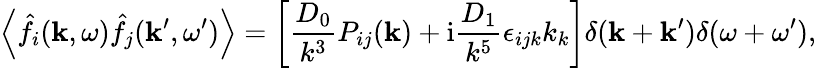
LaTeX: \left\langle\hat{f}_{i}(\mathbf{k},\omega)\hat{f}_{j}(\mathbf{k}^{\prime},\omega^{\prime})\right\rangle=\left[\frac{D_{0}}{k^{3}}P_{ij}(\mathbf{k})+\mathrm{i}\frac{D_{1}}{k^{5}}\epsilon_{ijk}k_{k}\right]\delta(\mathbf{k}+\mathbf{k}^{\prime})\delta(\omega+\omega^{\prime}),